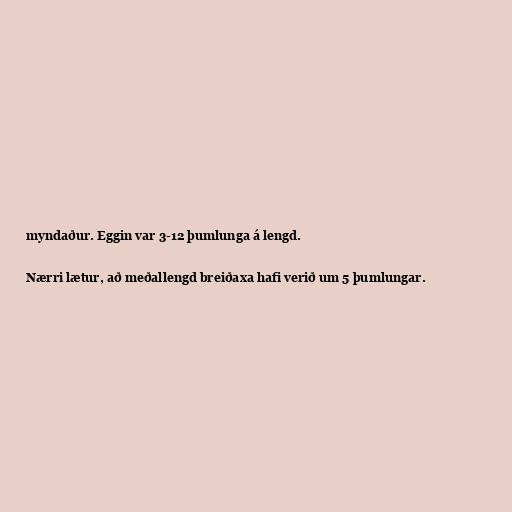
myndaður. Eggin var 3-12 þumlunga á lengd.

Nærri lætur, að meðallengd breiðaxa hafi verið um 5 þumlungar.